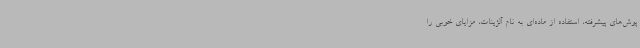
پوش‌های پیشرفته، استفاده از ماده‌ای به نام آلژینات، مزایای خوبی را